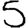
Digit: 5